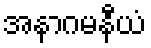
အနာဂမနီယံ